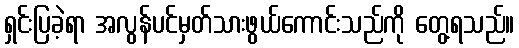
ရှင်းပြခဲ့ရာ အလွန်ပင်မှတ်သားဖွယ်ကောင်းသည်ကို တွေ့ရသည်။